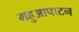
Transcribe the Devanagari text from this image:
महुआपाटन